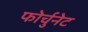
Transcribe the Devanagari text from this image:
फोर्चुनेट